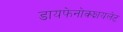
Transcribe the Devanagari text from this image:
डायफेनोक्झायलेट